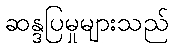
ဆန္ဒပြမှုများသည်